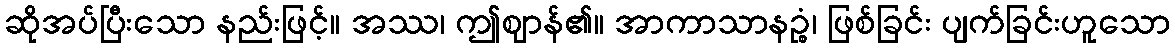
ဆိုအပ်ပြီးသော နည်းဖြင့်။ အဿ၊ ဤဈာန်၏။ အာကာသာနဉ္စံ၊ ဖြစ်ခြင်း ပျက်ခြင်းဟူသော